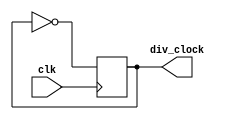
module clock_div2(input clk, output div_clock);
    reg counter = 0;
    always @(posedge clk) begin
        counter <= ~counter;
    end
    assign div_clock = counter;
endmodule

module hcounter(input clk_25MHZ, output reg [15:0] H_COUNTER, output reg E_V_COUNTER, input reset);
	 always @(posedge clk_25MHZ or posedge reset) begin
		  if (reset) begin
				H_COUNTER <=0;
			end
        else begin 
				if (H_COUNTER == 799) begin
					H_COUNTER <= 0;
					E_V_COUNTER <= 1;
				end 
			  else begin
					H_COUNTER <= H_COUNTER + 1;
					E_V_COUNTER <= 0;
			  end
			end
    end
endmodule

module vcounter(input E_V_COUNTER, output reg [15:0] V_COUNTER, input reset);
    always @(posedge E_V_COUNTER or posedge reset) begin
	     if (reset) begin
				V_COUNTER<=0;
			end
        else begin
				if (V_COUNTER == 524) begin
					V_COUNTER <= 0;
			  end 
			  else begin
					V_COUNTER <= V_COUNTER + 1;
			  end
			end
    end

endmodule